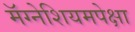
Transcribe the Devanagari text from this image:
मॅग्नेशियमपेक्षा